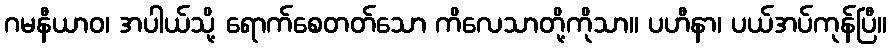
ဂမနီယာဝ၊ အပါယ်သို့ ရောက်စေတတ်သော ကိလေသာတို့ကိုသာ။ ပဟီနာ၊ ပယ်အပ်ကုန်ပြီ။